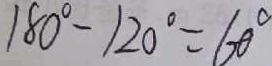
1 8 0 ^ { \circ } - 1 2 0 ^ { \circ } = 6 0 ^ { \circ }